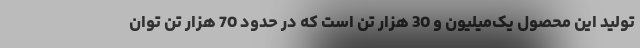
تولید این محصول یک‌میلیون و 30 هزار تن است که در حدود 70 هزار تن توان